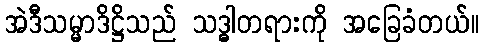
အဲဒီသမ္မာဒိဋ္ဌိသည် သဒ္ဓါတရားကို အခြေခံတယ်။